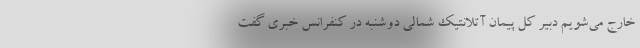
خارج می‌شویم دبیر کل پیمان آتلانتیک شمالی دوشنبه در کنفرانس خبری گفت